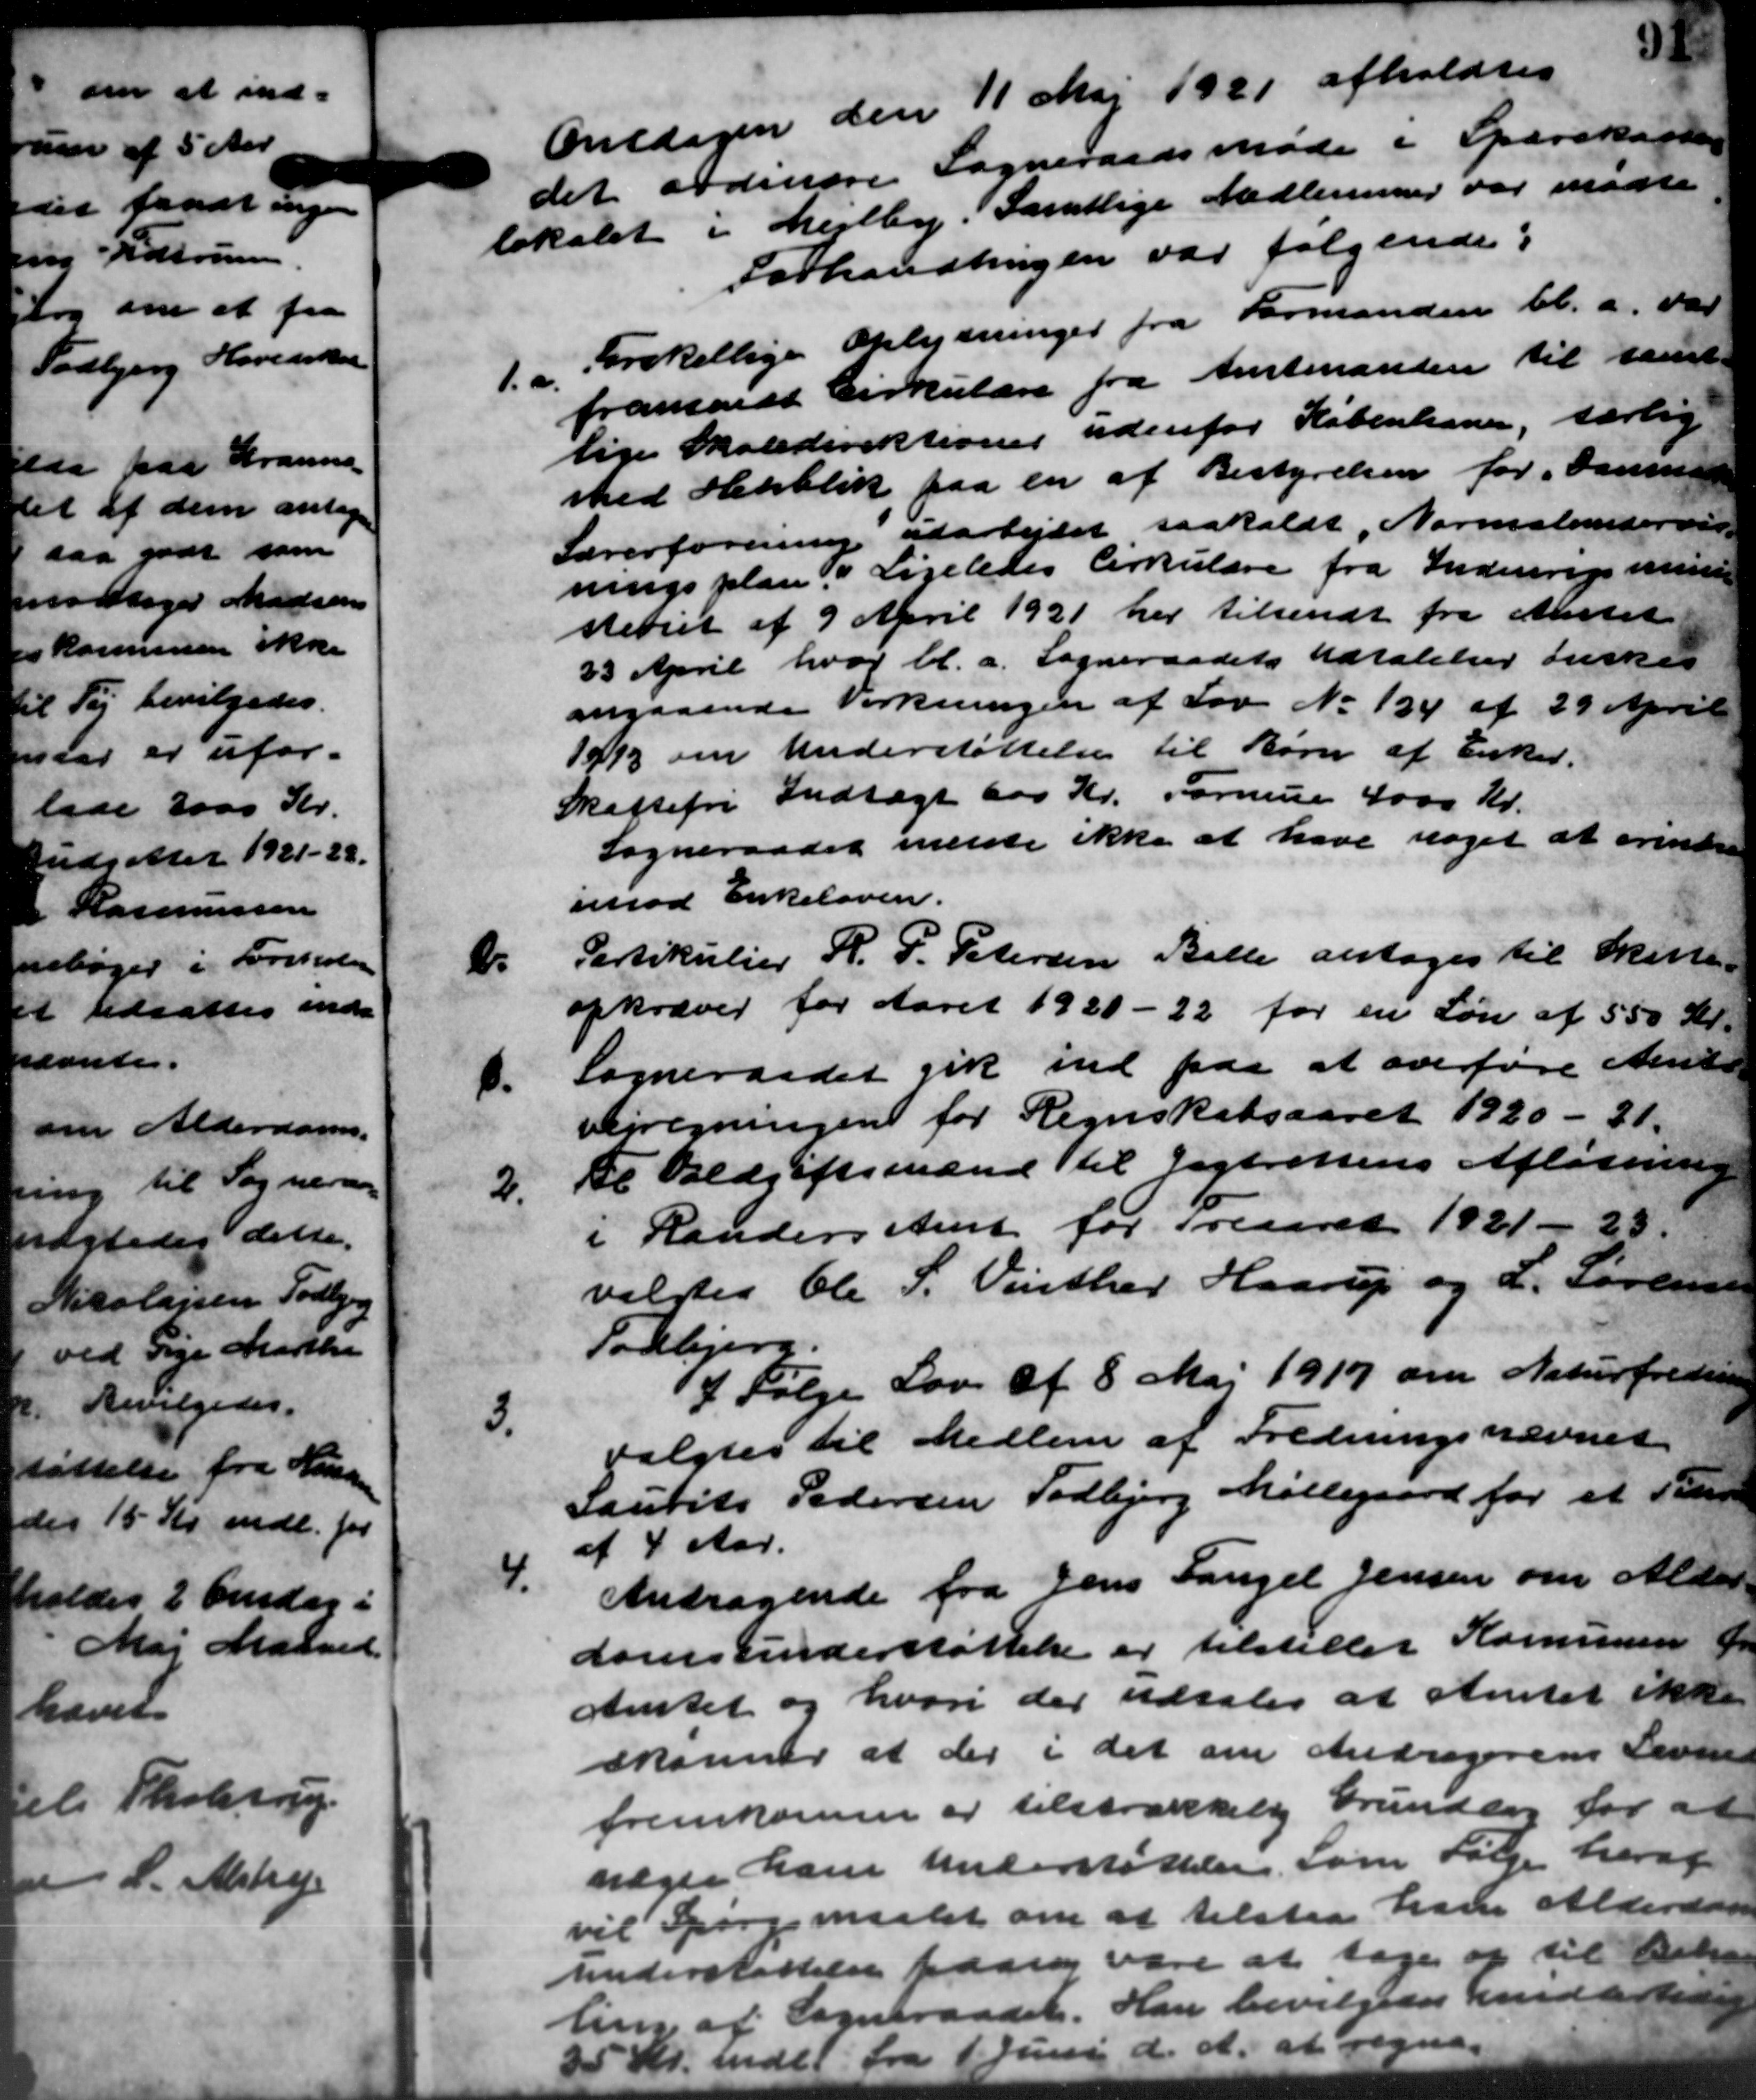
Transskription:
e

Onsdagen den 11 Maj 1921 afholdtes
det ordinære Sogneraadsmøde i Sparekassen
lokalet i Mejlby. Samtlige Medlemmer var mødte
Forhandlingen var følgende:
1.a.
Forskellige Oplysninger fra Formanden bl.a. var
fremsendt Cirkulære fra Amtsnanten til samt
lige Skoledirektioner udenfor København, særlig
med Henblik paa en af Bestyrelsen for Danner
Lærerforening atarbejdet saakaldt, Normestemterved
ningsplan i Ligeledes Cirkulære fra Indenrigsminis
steriet af 9 April 1921 her tilsendt fra Amtet
23 April hvor bl.a. Sogneraadets Udtalelser ønske
angaaende Virkningen af Lov No 134 af 29 April
1912 om Understøttelse til Børn af Enker.
Skattefri Indtægt 600 Kr. Formue 4000 Kr.
Sogneraadet indste ikke at have noget at erindre
imod Enkeloven.
Partikulier R. P. Petersen Balle antages til Skatte-
opkræver for Aaret 1921-22 for en Løn af 550 Kr.
Sogneraadet gik ind paa at overføre Amts-
bejregningen for Regnskabsaaret 1920 – 31.
2.
tl Voldgiftsmænd til Jagtrettens Afløsning
i Randers Amt for Treaaret 1921 - 23.
valgtes Cle S. Vinther Haarup og L. Sørensen
Todbjerg.
3.
I Følge Lov af 8 Maj 1917 om Naturfredning
valgtes til Medlem af Fredningsnævnet
Laurits Pedersen Todbjerg Møllegaard for et Peter
af 4 Aar.
4.
Andragende fra Jens Fangel Jensen om Alder-
domsunderstøttelse er tilstiller Komunen fra
Amtet og hvori der udtales at Amtet ikke
skanner at der i det om Andragerens Leve
fremkomme er tilstrækkelig Grundlag for at
vægte Lærer Understøttelse. Som Følge heraf
vil Spørgsmaalet om at tilstaa han Alderdom
Understøttelse passe vare at tage op til Behan
ling af Sogneraadet. Han bevilgedes hende Medde
Kr. indel fra 1 Juni d. A. at regne